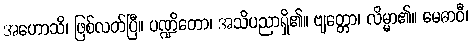
အဟောသိ၊ ဖြစ်လတ်ပြီ။ ပဏ္ဍိတော၊ အသိပညာရှိ၏။ ဗျတ္တော၊ လိမ္မာ၏။ မေဓာဝီ၊